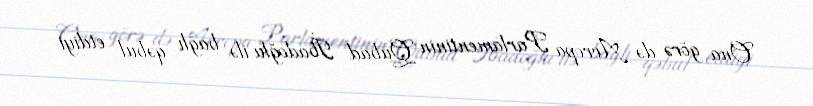
Ona görə də Avropa Parlamentinin Qubad İbadoğlu ilə bağlı qəbul etdiyi